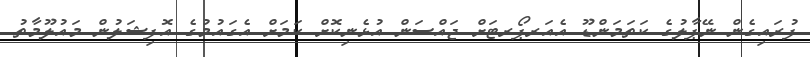
ފުރައިގެން ނޭޕާލުގެ ކަތަމަންޑޫ އެއަރޕޯރޓަށް ޖައްސަން އުޅެނިކޮށް ކަމަށް އެގައުމުގެ އޮފިޝަލުން މައުލޫމާތު